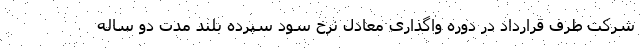
شرکت طرف قرارداد در دوره واگذاری معادل نرخ سود سپرده بلند مدت دو ساله